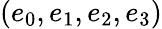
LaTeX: (e_{0},e_{1},e_{2},e_{3})